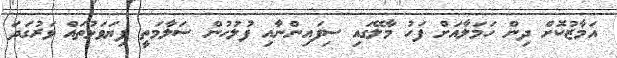
އަމާޒުކޮށް ދިން ހަމަލާއަށް ފަހު މާލޭގައި ސިފައިންނާއި ފުލުހުން ސަލާމަތީ ފިޔަވަޅުތައް ވަރުގަދަ